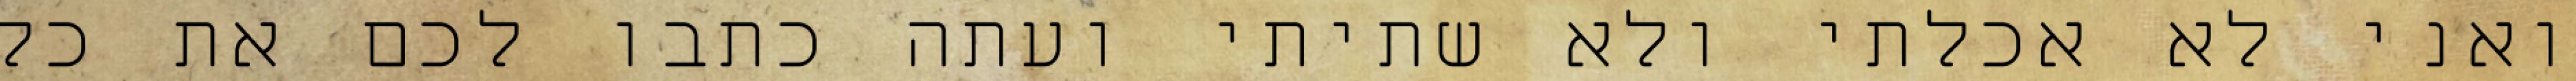
ואני לא אכלתי ולא שתיתי ועתה כתבו לכם את כל